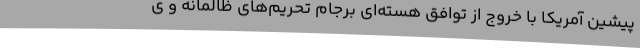
پیشین آمریکا با خروج از توافق هسته‌ای برجام تحریم‌های ظالمانه و ی